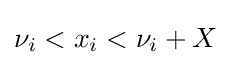
\nu _{i}<x_{i}<\nu _{i}+X